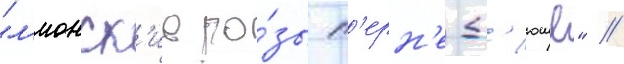
"л'ионск'ие ро́зы п'ерн'е-д'юше" //